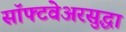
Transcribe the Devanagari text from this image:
सॉफ्टवेअरसुद्धा